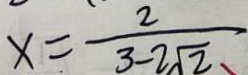
x = \frac { 2 } { 3 - 2 \sqrt { 2 } }